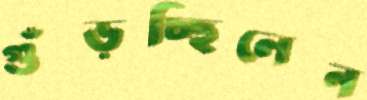
গুঁড়চ্ছিলেন